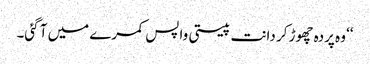
‘‘ وہ پردہ چھوڑ کر دانت پیستی واپس کمرے میں آ گئی۔